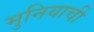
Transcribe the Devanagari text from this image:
मुनियाची